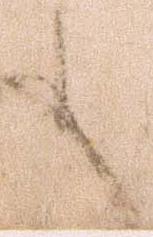
も